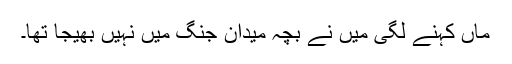
ماں کہنے لگی میں نے بچہ میدان جنگ میں نہیں بھیجا تھا۔